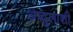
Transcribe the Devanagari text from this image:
अब्दुलाशी